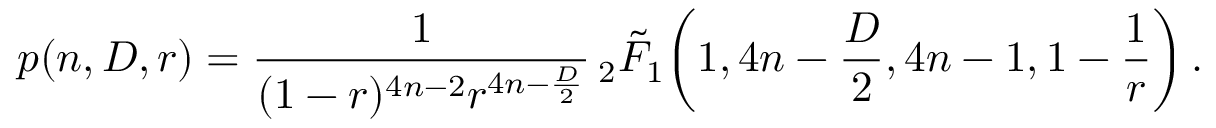
p ( n , D , r ) = \frac { 1 } { ( 1 - r ) ^ { 4 n - 2 } r ^ { 4 n - \frac { D } { 2 } } } \, _ { 2 } \tilde { F } _ { 1 } \bigg ( 1 , 4 n - \frac { D } { 2 } , 4 n - 1 , 1 - \frac { 1 } { r } \bigg ) \, .